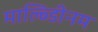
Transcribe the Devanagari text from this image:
माल्ब्डिीनम